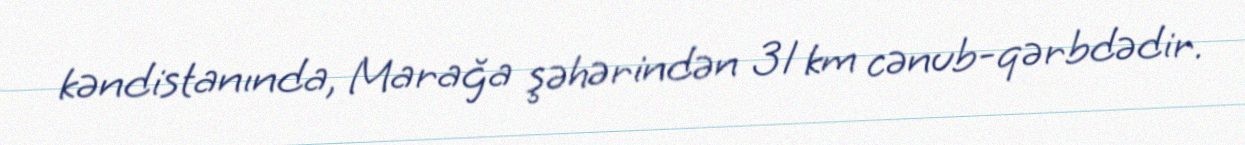
kəndistanında, Marağa şəhərindən 31 km cənub-qərbdədir.